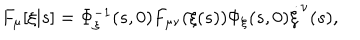
F _ { \mu } [ \xi | s ] = \Phi _ { \xi } ^ { - 1 } ( s , 0 ) F _ { \mu \nu } ( \xi ( s ) ) \Phi _ { \xi } ( s , 0 ) \dot { \xi } ^ { \nu } ( s ) ,